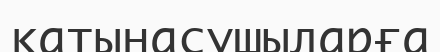
қатынасушыларға